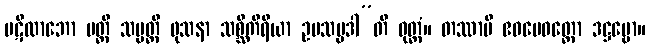
ပဋိလာဘော ပတ္တိ သမ္ပတ္တိ ဖုသနာ သစ္ဆိကိရိယာ ဥပသမ္ပဒါ”တိ ဝုတ္တံ။ တဿာပိ ဧဝမေဝတ္ထော ဒဋ္ဌဗ္ဗော။